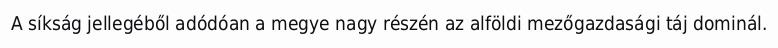
A síkság jellegéből adódóan a megye nagy részén az alföldi mezőgazdasági táj dominál.